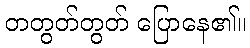
တတွတ်တွတ် ပြောနေ၏။